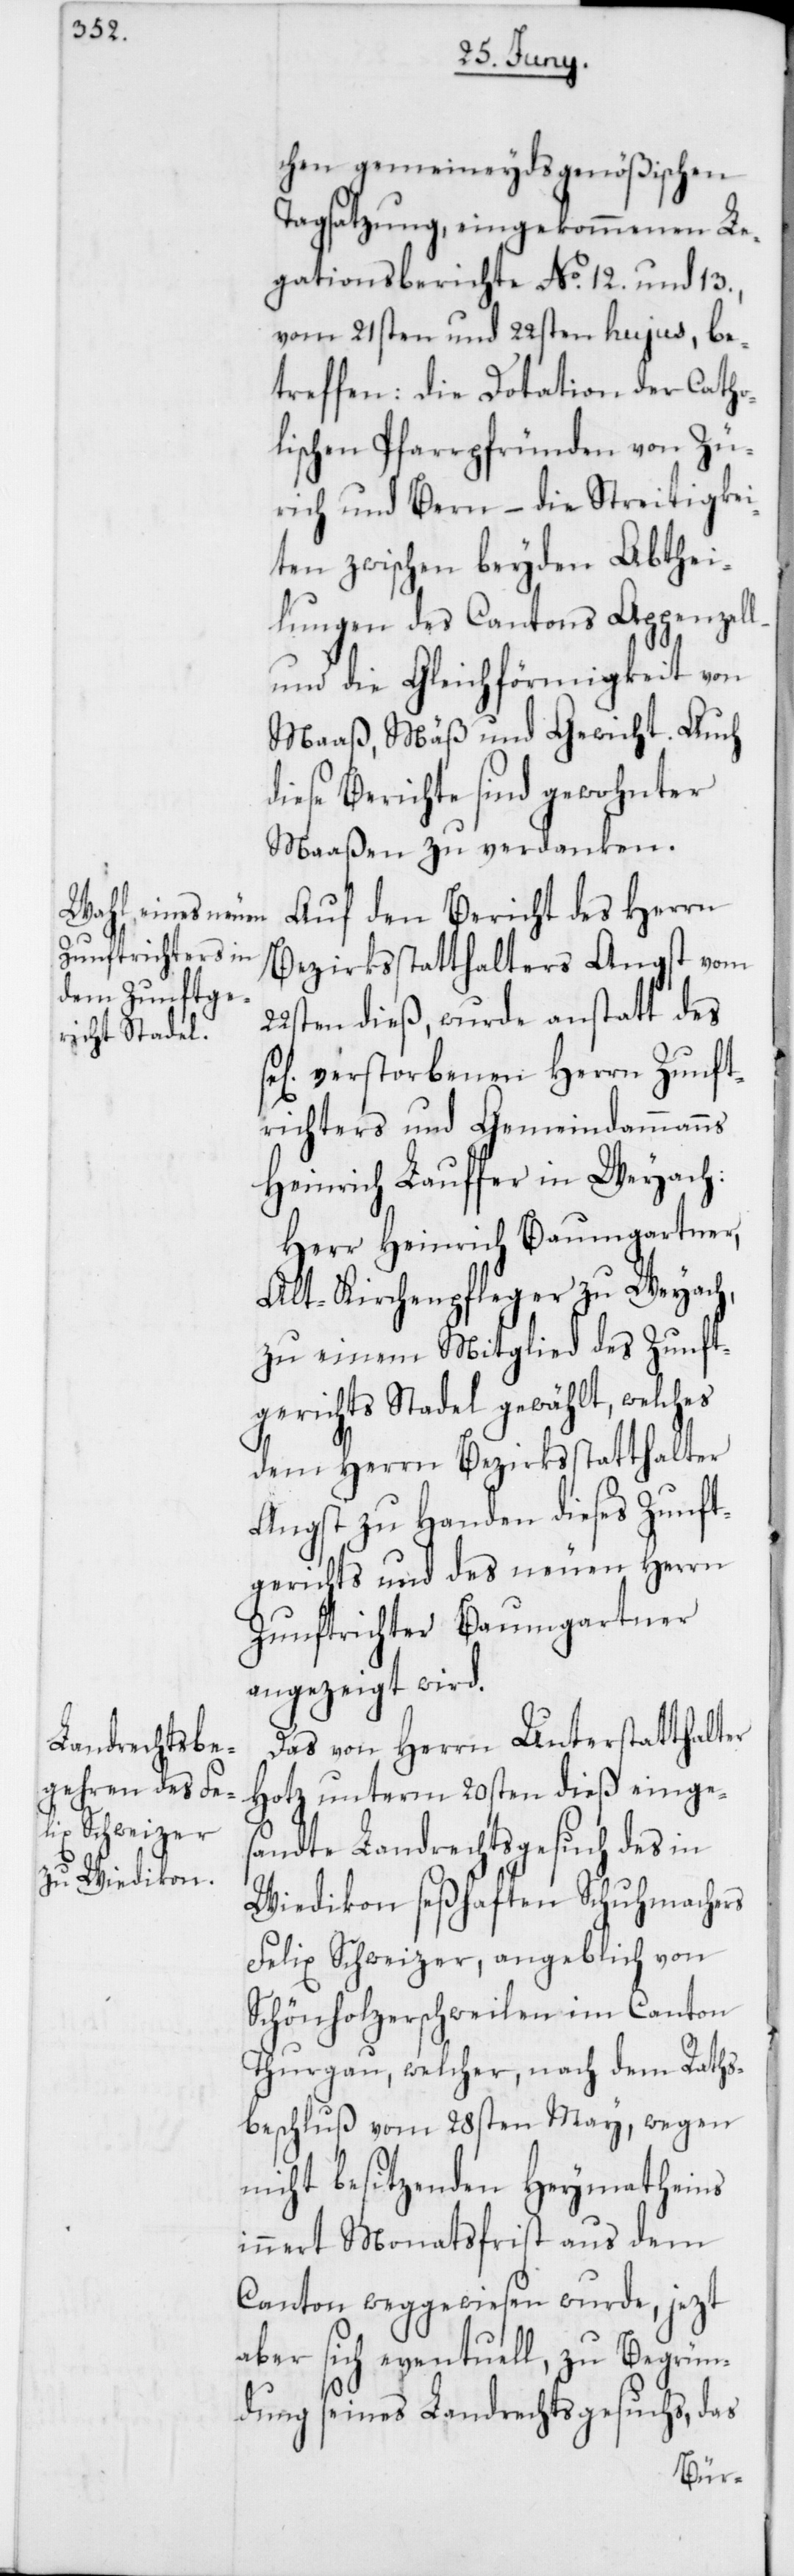
chen gemeineydsgenößischen
Tagsatzung, eingekommenen Le¬
gationsberichte No. 12. und 13.,
vom 21sten und 22sten hujus, be¬
treffen: die Dotation der Catho¬
lischen Pfarrpfründen von Zü¬
rich und Bern – die Streitigkei¬
ten zwischen beyden Abthei¬
lungen des Cantons Appenzell
und die Gleichförmigkeit von
Maaß, Mäß und Gewicht. Auch
diese Berichte sind gewohnter
Maaßen zu verdanken.
Auf den Bericht des Herrn
Bezirksstatthalters Angst vom
22sten dieß, wurde anstatt des
verstorbenen Herrn Zunft¬
richters und Gemeindammanns
Heinrich Lauffer in Weyach:
Herr Heinrich Baumgartner,
Alt-Kirchenpfleger zu Weyach,
zu einem Mitglied des Zunft¬
gerichts Stadel gewählt, welches
dem Herrn Bezirksstatthalter
Angst zu Handen dieses Zunft¬
gerichts und des neuen Herrn
Zunftrichter Baumgartner
angezeigt wird.
Das von Herrn Unterstatthalter
Hotz unterm 20sten dieß einges¬
andte Landrechtsgesuch des in
Wiedikon seßhaften Schuhmachers
Felix Schweizer, angeblich von
Schönholzerschweilen im Canton
Thurgau, welcher, nach dem Raths¬
beschluß vom 28sten May, wegen
nicht besitzenden Heymath[sch]eins
innert Monatsfrist aus dem
Canton weggewiesen wurde, jezt
aber sich eventuell, zu Begrün¬
dung seines Landrechtsgesuchs, das